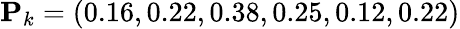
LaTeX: \mathbf{P}_{k}=(0.16,0.22,0.38,0.25,0.12,0.22)